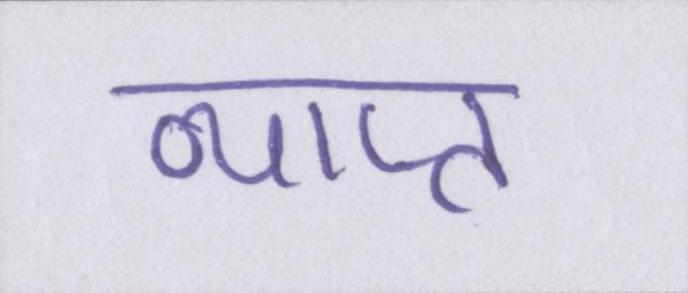
व्याप्त